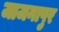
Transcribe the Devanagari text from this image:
जाजनापुर